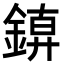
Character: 𨩑